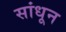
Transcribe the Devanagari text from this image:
सांधून